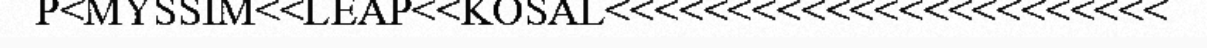
P<MYSSIM<<LEAP<<KOSAL<<<<<<<<<<<<<<<<<<<<<<<